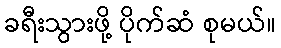
ခရီးသွားဖို့ ပိုက်ဆံ စုမယ်။